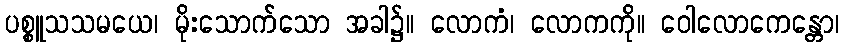
ပစ္စူသသမယေ၊ မိုးသောက်သော အခါ၌။ လောကံ၊ လောကကို။ ဝေါလောကေန္တော၊